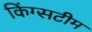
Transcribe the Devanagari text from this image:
किंग्सटीम